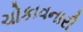
ચોકાવનારી